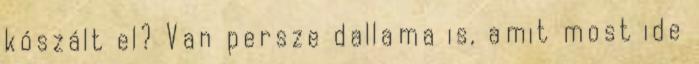
kószált el? Van persze dallama is, amit most ide